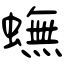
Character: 蟱